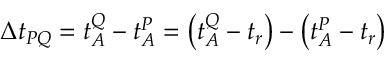
\Delta t _ { P Q } = t _ { A } ^ { Q } - t _ { A } ^ { P } = \left( t _ { A } ^ { Q } - t _ { r } \right) - \left( t _ { A } ^ { P } - t _ { r } \right)